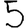
Digit: 5